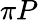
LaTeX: \pi P